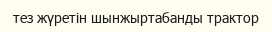
тез жүретін шынжыртабанды трактор